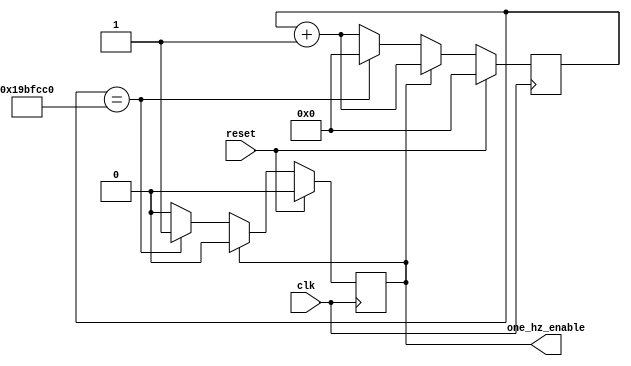
`timescale 1ns / 1ps
//////////////////////////////////////////////////////////////////////////////////
// Company: 
// Engineer: 
// 
// Design Name: 
// Module Name:    game_logic 
// Project Name: 
// Target Devices: 
// Tool versions: 
// Description: 
//
// Dependencies: 
//
// Revision: 
// Revision 0.01 - File Created
// Additional Comments: 
//
//////////////////////////////////////////////////////////////////////////////////

//////////////////////////////////////////////////////////////////////////////
//																									 //
//										DIVIDER MODULE										 	 //
//																									 //
//////////////////////////////////////////////////////////////////////////////

module divider (	input clk, reset,
						output one_hz_enable );

// Implemented similarly to debounce
parameter DELAY = 32'd27000000;
   
reg [31:0] counter = 32'd0;
reg enable = 1'b0;

always @(posedge clk) begin
    if (reset) begin                  		 // divider reset
        counter <= 32'd0;
        enable <= 1'b0;
    end else if (enable) begin              // enable pulse off
        counter <= counter + 1;
        enable <= 1'b0;
    end else if (counter == DELAY) begin    // enable pulse on
        counter <= 32'd0;
        enable <= 1'b1;
    end else                                 // increment counter
        counter <= counter + 1;
end

assign one_hz_enable = enable;
endmodule


module divider_10hz (	input clk, reset,
						output ten_hz_enable );

// Implemented similarly to debounce
parameter DELAY = 32'd2700000;
   
reg [31:0] counter = 32'd0;
reg enable = 1'b0;

always @(posedge clk) begin
    if (reset) begin                  		 // divider reset
        counter <= 32'd0;
        enable <= 1'b0;
    end else if (enable) begin              // enable pulse off
        counter <= counter + 1;
        enable <= 1'b0;
    end else if (counter == DELAY) begin    // enable pulse on
        counter <= 32'd0;
        enable <= 1'b1;
    end else                                 // increment counter
        counter <= counter + 1;
end

assign ten_hz_enable = enable;
endmodule

//////////////////////////////////////////////////////////////////////////////
//																									 //
//										TIMER MODULE											 //
//																									 //
//////////////////////////////////////////////////////////////////////////////

module timer( 	input clk, start_timer, one_hz_enable,
					input [3:0] timer_value,
					output expired,
					output [3:0] displayed_counter );

// States
parameter [1:0] IDLE 		= 2'd0;		// Await start_timer
parameter [1:0] COUNTING 	= 2'd1;		// Countdown from timer_value (until expired)
parameter [1:0] EXPIRED 	= 2'd2;		// Expired pulse lasts one clock cycle

// State machine variables
reg [3:0] state = IDLE;
reg [3:0] counter = 4'b0;

always @(posedge clk) begin
    if (state == IDLE) begin                                     
        state <= (start_timer) ? COUNTING : IDLE;
        counter <= (start_timer) ? timer_value : 4'b0;
    end else if (state == COUNTING) begin
        state <= (counter == 0) ? EXPIRED : COUNTING;
        counter <= (one_hz_enable) ? counter - 1: 
							(start_timer) ? timer_value : counter;
    end else if (state == EXPIRED) begin
        state <= IDLE;
        counter <= 4'b0;
    end
end

assign expired = (state == EXPIRED);
assign displayed_counter = counter;
endmodule

module timer_faster( 	input clk, start_timer, ten_hz_enable,
					input [7:0] timer_value,
					output expired,
					output [7:0] displayed_counter );

// States
parameter [1:0] IDLE 		= 2'd0;		// Await start_timer
parameter [1:0] COUNTING 	= 2'd1;		// Countdown from timer_value (until expired)
parameter [1:0] EXPIRED 	= 2'd2;		// Expired pulse lasts one clock cycle

// State machine variables
reg [3:0] state = IDLE;
reg [7:0] counter = 8'b0;

always @(posedge clk) begin
    if (state == IDLE) begin                                     
        state <= (start_timer) ? COUNTING : IDLE;
        counter <= (start_timer) ? timer_value : 8'b0;
    end else if (state == COUNTING) begin
        state <= (counter == 0) ? EXPIRED : COUNTING;
        counter <= (ten_hz_enable) ? counter - 1: 
							(start_timer) ? timer_value : counter;
    end else if (state == EXPIRED) begin
        state <= IDLE;
        counter <= 8'b0;
    end
end

assign expired = (state == EXPIRED);
assign displayed_counter = counter;
endmodule

//////////////////////////////////////////////////////////////////////////////
//																									 //
//									  SYNCHRONIZE MODULE										 //
//																									 //
//////////////////////////////////////////////////////////////////////////////

module synchronize #(parameter NSYNC = 2)  // number of sync flops.  must be >= 2
                   (input clk,in,
                    output reg out);

  reg [NSYNC-2:0] sync;

  always @ (posedge clk)
  begin
    {out,sync} <= {sync[NSYNC-2:0],in};
  end
endmodule

//////////////////////////////////////////////////////////////////////////////
//																									 //
//										DEBOUNCE MODULE										 //
//																									 //
//////////////////////////////////////////////////////////////////////////////

module debounce #(parameter DELAY=270000)   // .01 sec with a 27Mhz clock
	        (input clk, reset, noisy,
	         output clean);

   reg [19:0] count;
   reg new;
   wire synced;
   synchronize sync1(.clk(clk), .in(noisy), .out(synced));

	reg temp_clean = 1'b0;
   always @(posedge clk) begin
		if (reset) begin
			count <= 0;
			new <= synced;
			temp_clean <= synced;
		end else if (synced != new) begin
			new <= synced;
			count <= 0;
		end else if (count == DELAY)
			temp_clean <= new;
		else
			count <= count+1;
	end
	
	assign clean = ~temp_clean;
endmodule

//////////////////////////////////////////////////////////////////////////////
//																									 //
//									STATE CHANGE PULSE MODULE								 //
//																									 //
//////////////////////////////////////////////////////////////////////////////
module state_change_indicator(	input clk, reset, changing_thing,
											output reg state_change_pulse);

parameter [19:0] DELAY = 2700000; // 0.1 seconds for 27MHz clock.

reg current_state = 1'b0;
reg [19:0] counter;
always @(posedge clk) begin
	if (reset) begin
		counter <= 0;
	end else if (state_change_pulse) begin
		state_change_pulse <= 1'b0;
	end else if (changing_thing == current_state) begin
		counter <= 0;
	end else begin
		if (counter == DELAY) begin
			state_change_pulse <= 1'b1;
			current_state <= changing_thing;
			counter <= 0;
		end else
			counter <= counter + 1;
	end
end
		
endmodule

//////////////////////////////////////////////////////////////////////////////
//																									 //
//							  RANDOM NUMBER GENERATOR MODULE								 //
//																									 //
//////////////////////////////////////////////////////////////////////////////
module random(	input clk, reset,
				output [2:0] r );

reg [3:0] temp_r = 4'b0001;

always @ (posedge clk) begin
	if (reset)
		temp_r <= 4'b0001;
	else
		temp_r <= {temp_r[2:0], temp_r[3]^temp_r[2]};
end

assign r = temp_r[2:0];
endmodule

//////////////////////////////////////////////////////////////////////////////
//																									 //
//								  INTERPRET INPUT MODULE									 //
//																									 //
//////////////////////////////////////////////////////////////////////////////

module interpret_input(	input clk,
								input upleft, up, upright, 
								input left, right, 
								input downleft, down, downright,
								input reset,
								input [2:0] mole_location,
								output misstep,
								output whacked);


reg [7:0] location = 8'b0;

// Temporary variables for output
reg temp_whacked = 1'b0;
reg temp_misstep = 1'b0;
 
always@(posedge clk) begin
	if ({upleft, up, upright, left, right, downleft, down, downright} == location)
		temp_whacked <= 1'b1;
	else if ({upleft, up, upright, left, right, downleft, down, downright} !== 8'd0)
		temp_misstep <= 1'b1;
	else begin
		temp_whacked <= 1'b0;
		temp_misstep <= 1'b0;
	end
end

// Convert location to one hot representation
always@(*) begin
	case(mole_location)
		3'd0: location = 8'b10000000;
		3'd1: location = 8'b01000000;
		3'd2: location = 8'b00100000;
		3'd3: location = 8'b00010000;
		3'd4: location = 8'b00001000;
		3'd5: location = 8'b00000100;
		3'd6: location = 8'b00000010;
		3'd7: location = 8'b00000001;
		default: location = 8'b0;
	endcase
end

assign misstep = temp_misstep;
assign whacked = temp_whacked;
endmodule

//////////////////////////////////////////////////////////////////////////////
//																									 //
//								    MOLE TIMING MODULE									 	 //
//																									 //
//////////////////////////////////////////////////////////////////////////////

module mole #(parameter MAX_ITEM = 8'd127, parameter INDEX_BITS = 8) 
				(	input clk, reset,
					input [22:0] music_address,
					input [3:0] game_state,
					input diy_playback_mode,
					input [INDEX_BITS-1:0] total_moles,
					input one_hz_enable,
					input [22:0] index_address,
					input [2:0] index_location,
					output request_mole,
					output reg [INDEX_BITS-1:0] lookup_index = 0,
					output reg [2:0] current_location);

/* Memory address popup pseudocode
	
	initialize array of popup times
	initialize array index variable
	always @ posedge clk
		check time against current array value
			increment index if match
		increment time
*/

//Modified States
parameter IDLE = 3'd0;
parameter CHECKING = 3'd1;
parameter MOLE = 3'd2;
parameter DIY_IDLE = 3'd3;
parameter DIY_CHECKING = 3'd4;
parameter DIY_WAIT_ADDRESS = 3'd5;
parameter DIY_LOAD_ADDRESS = 3'd6;

// State machine variables
reg [2:0] state = IDLE;
reg [2:0] next_state;

// Music tracker
reg [367:0] addresses = {23'h6CDE, 23'h8B00, 23'hE900, 23'h14900,
										 23'h17B00, 23'h1B100, 23'h21F00, 23'h28000,
										 23'h2E500, 23'h31A00, 23'h35900, 23'h39500,
										 23'h3DA00, 23'h41800, 23'h47800, 23'h4FD00};
reg [22:0] current_address;
always @(posedge clk) begin
	if (state == IDLE) begin
		if(diy_playback_mode) begin
			current_address <= index_address;
			current_location <= index_location;
		end else current_address <= 23'h6CDE;
		
		addresses[367:0] <= {23'h6CDE, 23'h8B00, 23'hE900, 23'h14900,
										 23'h17B00, 23'h1B100, 23'h21F00, 23'h28000,
										 23'h2E500, 23'h31A00, 23'h35900, 23'h39500,
										 23'h3DA00, 23'h41800, 23'h47800, 23'h4FD00};
	end else if (state == CHECKING) begin
		addresses <= (current_address == music_address) ? {addresses[344:0], addresses[367:345]} : addresses; 
		current_address <= (current_address == music_address) ? addresses[344:322] : current_address;
	end else if (state == DIY_IDLE) begin
		lookup_index <= 0;
	end else if (state == DIY_LOAD_ADDRESS) begin
		current_address <= index_address;
		current_location <= index_location;
	end else if (state == DIY_CHECKING) begin
		lookup_index <= (current_address == music_address && lookup_index == total_moles-1) ? 4'd0:
								(current_address == music_address) ? lookup_index+1: lookup_index;
	end
	state <= next_state;
end

always @(*) begin
	if(reset || game_state == 4'd0 || game_state == 4'd11)
		next_state = (diy_playback_mode) ? DIY_IDLE : IDLE;
	else begin
		case(state)
			IDLE: next_state = CHECKING;
			CHECKING: next_state = (current_address == music_address) ? MOLE : CHECKING;
			MOLE: next_state = (diy_playback_mode) ? DIY_WAIT_ADDRESS : CHECKING;
			DIY_IDLE: next_state = DIY_WAIT_ADDRESS;
			DIY_WAIT_ADDRESS: next_state = DIY_LOAD_ADDRESS;
			DIY_LOAD_ADDRESS: next_state = DIY_CHECKING;
			DIY_CHECKING: next_state = (current_address == music_address) ? MOLE : DIY_CHECKING;
			default: next_state = IDLE;
		endcase
	end
end

assign request_mole = (state == MOLE);
endmodule


//////////////////////////////////////////////////////////////////////////////
//																									 //
//									GAME STATE FSM MODULE									 //
//																									 //
//////////////////////////////////////////////////////////////////////////////

module gameState(input clk,
						input misstep, whacked,
						input start,
						input reset,
						input request_mole,
						input expired,
						input variable_expired,
						input diy_mode,
						input diy_playback_mode,
						input ready_to_use,
						input popup_done,
						input [2:0] random_mole_location,
						input [2:0] saved_mole_location,
						// Future input: record
						output start_timer,
						output [3:0] timer_value,
						output [3:0] display_state,
						output [2:0] mole_location,
						output [1:0] lives,
						output [7:0] score
						);
						
// States
parameter [3:0] IDLE 					= 4'd0;		// Check if user has pressed start
parameter [3:0] GAME_START_DELAY 	= 4'd1;		// Delay until user stands on center
parameter [3:0] GAME_ONGOING			= 4'd2;		// Check lives & Address from Music
parameter [3:0] REQUEST_MOLE			= 4'd3;		// Request a mole to be displayed (pulse)
parameter [3:0] MOLE_COUNTDOWN		= 4'd4;		// Mole displayed until stomped/expired 
parameter [3:0] MOLE_MISSED			= 4'd5;		// Lives counter decremented (pulse)
parameter [3:0] MOLE_WHACKED			= 4'd6;		// Score counter incremented (pulse)
// Deleted Safe Step Delay in favor of Mole Missed_Sound and Mole_Whacked Sound
parameter [3:0] GAME_OVER				= 4'd8;		// Display Game Over Screen
parameter [3:0] MOLE_MISSED_SOUND	= 4'd9;		// Extra time for sound
parameter [3:0] MOLE_WHACKED_SOUND	= 4'd10;		// Extra time for sound
// For DIY mode
parameter [3:0] DIY_DONE_RECORD		= 4'd11;    //Done recording and ready for use, but still in diy mode
parameter [3:0] RECORD_DIY_IN_PROGRESS = 4'd12;// Begin Recording Moles for DIY

// New Fancy Mole Display States
parameter [3:0] MOLE_ASCENDING				= 4'd13;
parameter [3:0] HAPPY_MOLE_DESCENDING		= 4'd14;
parameter [3:0] DEAD_MOLE_DESCENDING		= 4'd15;

// State machine variables
reg [3:0] state = 4'b0;
reg [3:0] next_state = 4'b0;

// Counters
reg [1:0] temp_lives = 2'd3;	// If zero --> Dead --> Game Over
reg [7:0] temp_score = 8'd0;

// Mole location
reg [2:0] current_mole_location;
reg [2:0] next_mole_location;
// Do a thing each relevant state
always @(posedge clk) begin
	if (state == IDLE) begin
		temp_lives <= 2'd3;
		temp_score <= 8'd0;
	end else if (state == MOLE_MISSED)
		temp_lives <= temp_lives - 1;
	else if (state == MOLE_WHACKED)
		temp_score <= temp_score + 1;
	current_mole_location <= next_mole_location;
	state <= next_state;
end

// State machine
always @(*) begin
	if (reset) begin
		next_state = IDLE;
	end else begin
		next_mole_location = (request_mole & diy_playback_mode) ? saved_mole_location :
									(request_mole) ? random_mole_location : next_mole_location;
		case(state)
			IDLE : next_state = (diy_mode) ? RECORD_DIY_IN_PROGRESS  : (start) ? GAME_START_DELAY : IDLE;
			GAME_START_DELAY: next_state = (expired) ? GAME_ONGOING : GAME_START_DELAY;
			GAME_ONGOING : next_state = (lives == 0) ? GAME_OVER : (request_mole) ? REQUEST_MOLE : GAME_ONGOING;
			REQUEST_MOLE : next_state = MOLE_ASCENDING;
			MOLE_COUNTDOWN : next_state = (variable_expired || misstep) ? MOLE_MISSED : (whacked) ? MOLE_WHACKED : MOLE_COUNTDOWN;
			MOLE_MISSED : next_state = MOLE_MISSED_SOUND;
			MOLE_WHACKED : next_state = MOLE_WHACKED_SOUND;
			MOLE_MISSED_SOUND : next_state = (variable_expired) ? HAPPY_MOLE_DESCENDING : MOLE_MISSED_SOUND;
			MOLE_WHACKED_SOUND : next_state = (variable_expired) ? DEAD_MOLE_DESCENDING: MOLE_WHACKED_SOUND;
			GAME_OVER : next_state = (start) ? IDLE : GAME_OVER;//(expired) ? IDLE : GAME_OVER;
			RECORD_DIY_IN_PROGRESS: next_state = (!diy_mode) ? IDLE : (ready_to_use) ? DIY_DONE_RECORD : RECORD_DIY_IN_PROGRESS; 
			DIY_DONE_RECORD: next_state = (!diy_mode) ? IDLE : (diy_playback_mode & start) ? GAME_ONGOING : DIY_DONE_RECORD;
			MOLE_ASCENDING : next_state = (misstep) ? MOLE_MISSED : (whacked) ? MOLE_WHACKED : (popup_done) ? MOLE_COUNTDOWN : MOLE_ASCENDING;
			HAPPY_MOLE_DESCENDING : next_state = (popup_done) ? GAME_ONGOING : HAPPY_MOLE_DESCENDING;
			DEAD_MOLE_DESCENDING : next_state = (popup_done) ? GAME_ONGOING : DEAD_MOLE_DESCENDING;
			default : next_state = IDLE;
		endcase
	end
end

assign start_timer = (state !== next_state);
assign timer_value = 4'd2; 	// Must be less than mole pop up rate
assign display_state = state;
assign mole_location = current_mole_location;
assign lives = temp_lives;
assign score = temp_score;

endmodule